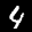
Label: 4